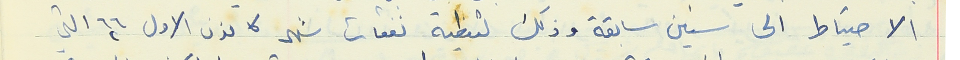
الاحتياط الى سنين سابقة وذلك لتغطية نفقات شهر كانون الاول ٦٦ التي